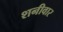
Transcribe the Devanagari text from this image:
शनीवार